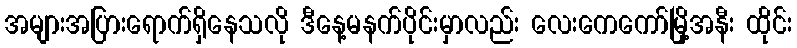
အများအပြားရောက်ရှိနေသလို ဒီနေ့မနက်ပိုင်းမှာလည်း လေးကေကော်မြို့အနီး ထိုင်း